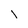
Character: l